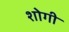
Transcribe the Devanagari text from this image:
शोगी